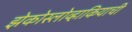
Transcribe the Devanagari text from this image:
झेकोस्लोव्हाकियाची